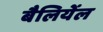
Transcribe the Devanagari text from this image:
बैलियेंल